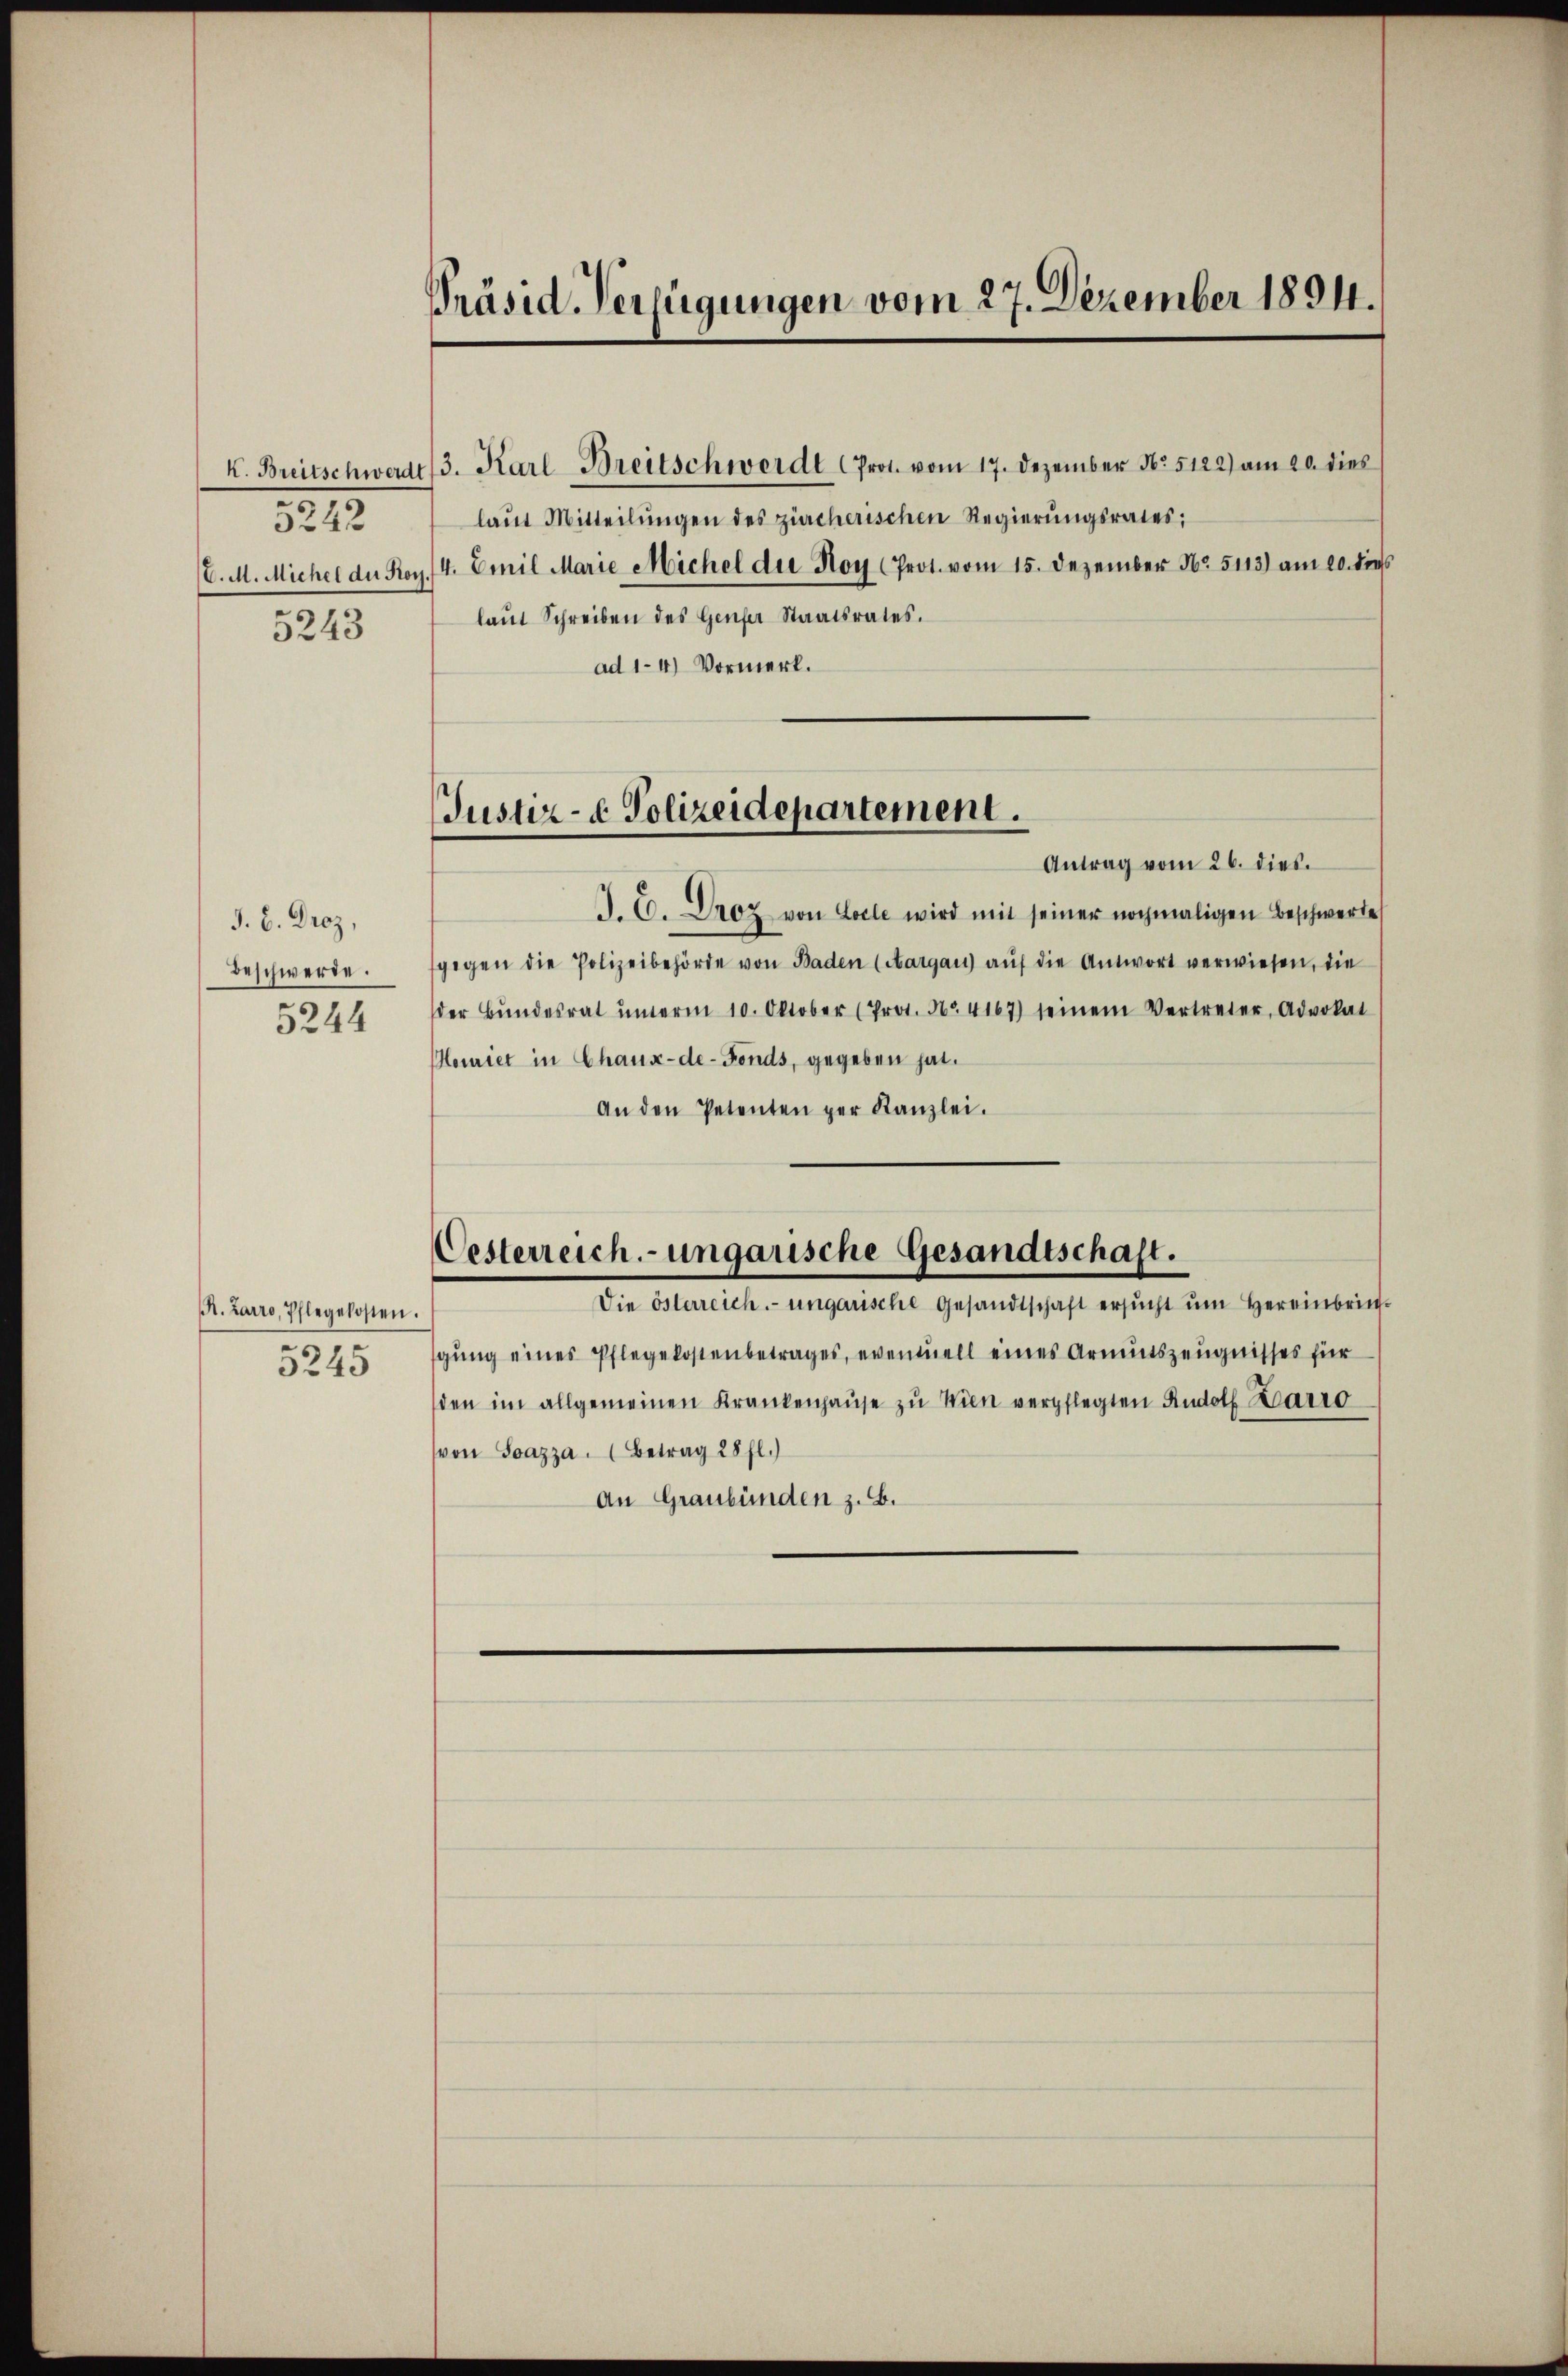
K. Breitschwerde
5242
C. M. Michel der Kor
5243

J. B. Droz.
Beschwerde.
5244

R. Zarro, Pflegekosten.
5245

Präsid. Verfügungen vom 27. Dezember 1894.

Justiz- & Polizeidepartement.

13. Karl Breitschwerdt (Prot. vom 17. Dezember No 5122) am 20. dies
laŭt Mitteilŭngen des zürcherischen Regierŭngsrates;
4. Emil Marie Michel der Hoy (Prot. vom 15. Dezember No. 5113) am 20. dies
laŭt Schreiben des Genfer Staatsrates.
ad 1-4) Vormerk.
Antrag vom 26. dies.
J. C. Droz von Loele wird mit seiner nochmaligen Beschwerte
gegen die Polizeibehörde von Baden (Aargau aŭf die Antwort verwiesen, die
der Bŭndesrat ŭnterm 10. Oktober (Prot. No. 4167) seinem Vertreter, Advokat
Houriet in Chaux-de-Fonds, gegeben hat.
An den Petenten per Kanzlei.
Oesterreich.-ungauische Gesandtschaft.
Die österreich. ungarische Gesandtschaft ersŭcht ŭm Hereinbringŭng eines Pflegekostenbetrages, eventuell eines Armutszeugnisses für
den im allgemeinen Krankenhaŭse zu Wien verpflegten Rudolf Barro
von Soazza (Betrag 28 fl.)
An Graubünden z. B.